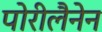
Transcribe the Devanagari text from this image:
पोरीलैनेन